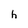
Character: h